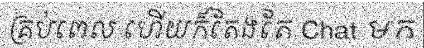
គ្រប់ពេល ហើយក៏តែងតែ Chat មក